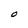
Character: O